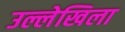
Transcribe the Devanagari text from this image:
उल्लेखिला